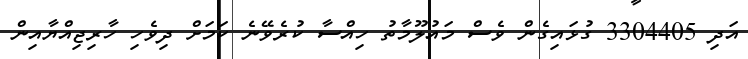
އަދި 3304405 ގުޅައިގެން ވެސް މައުލޫމާތު ހިއްސާ ކުރެވޭނެ ކަމަށް ދިވެހި ހާރިޖިއްޔާއިން